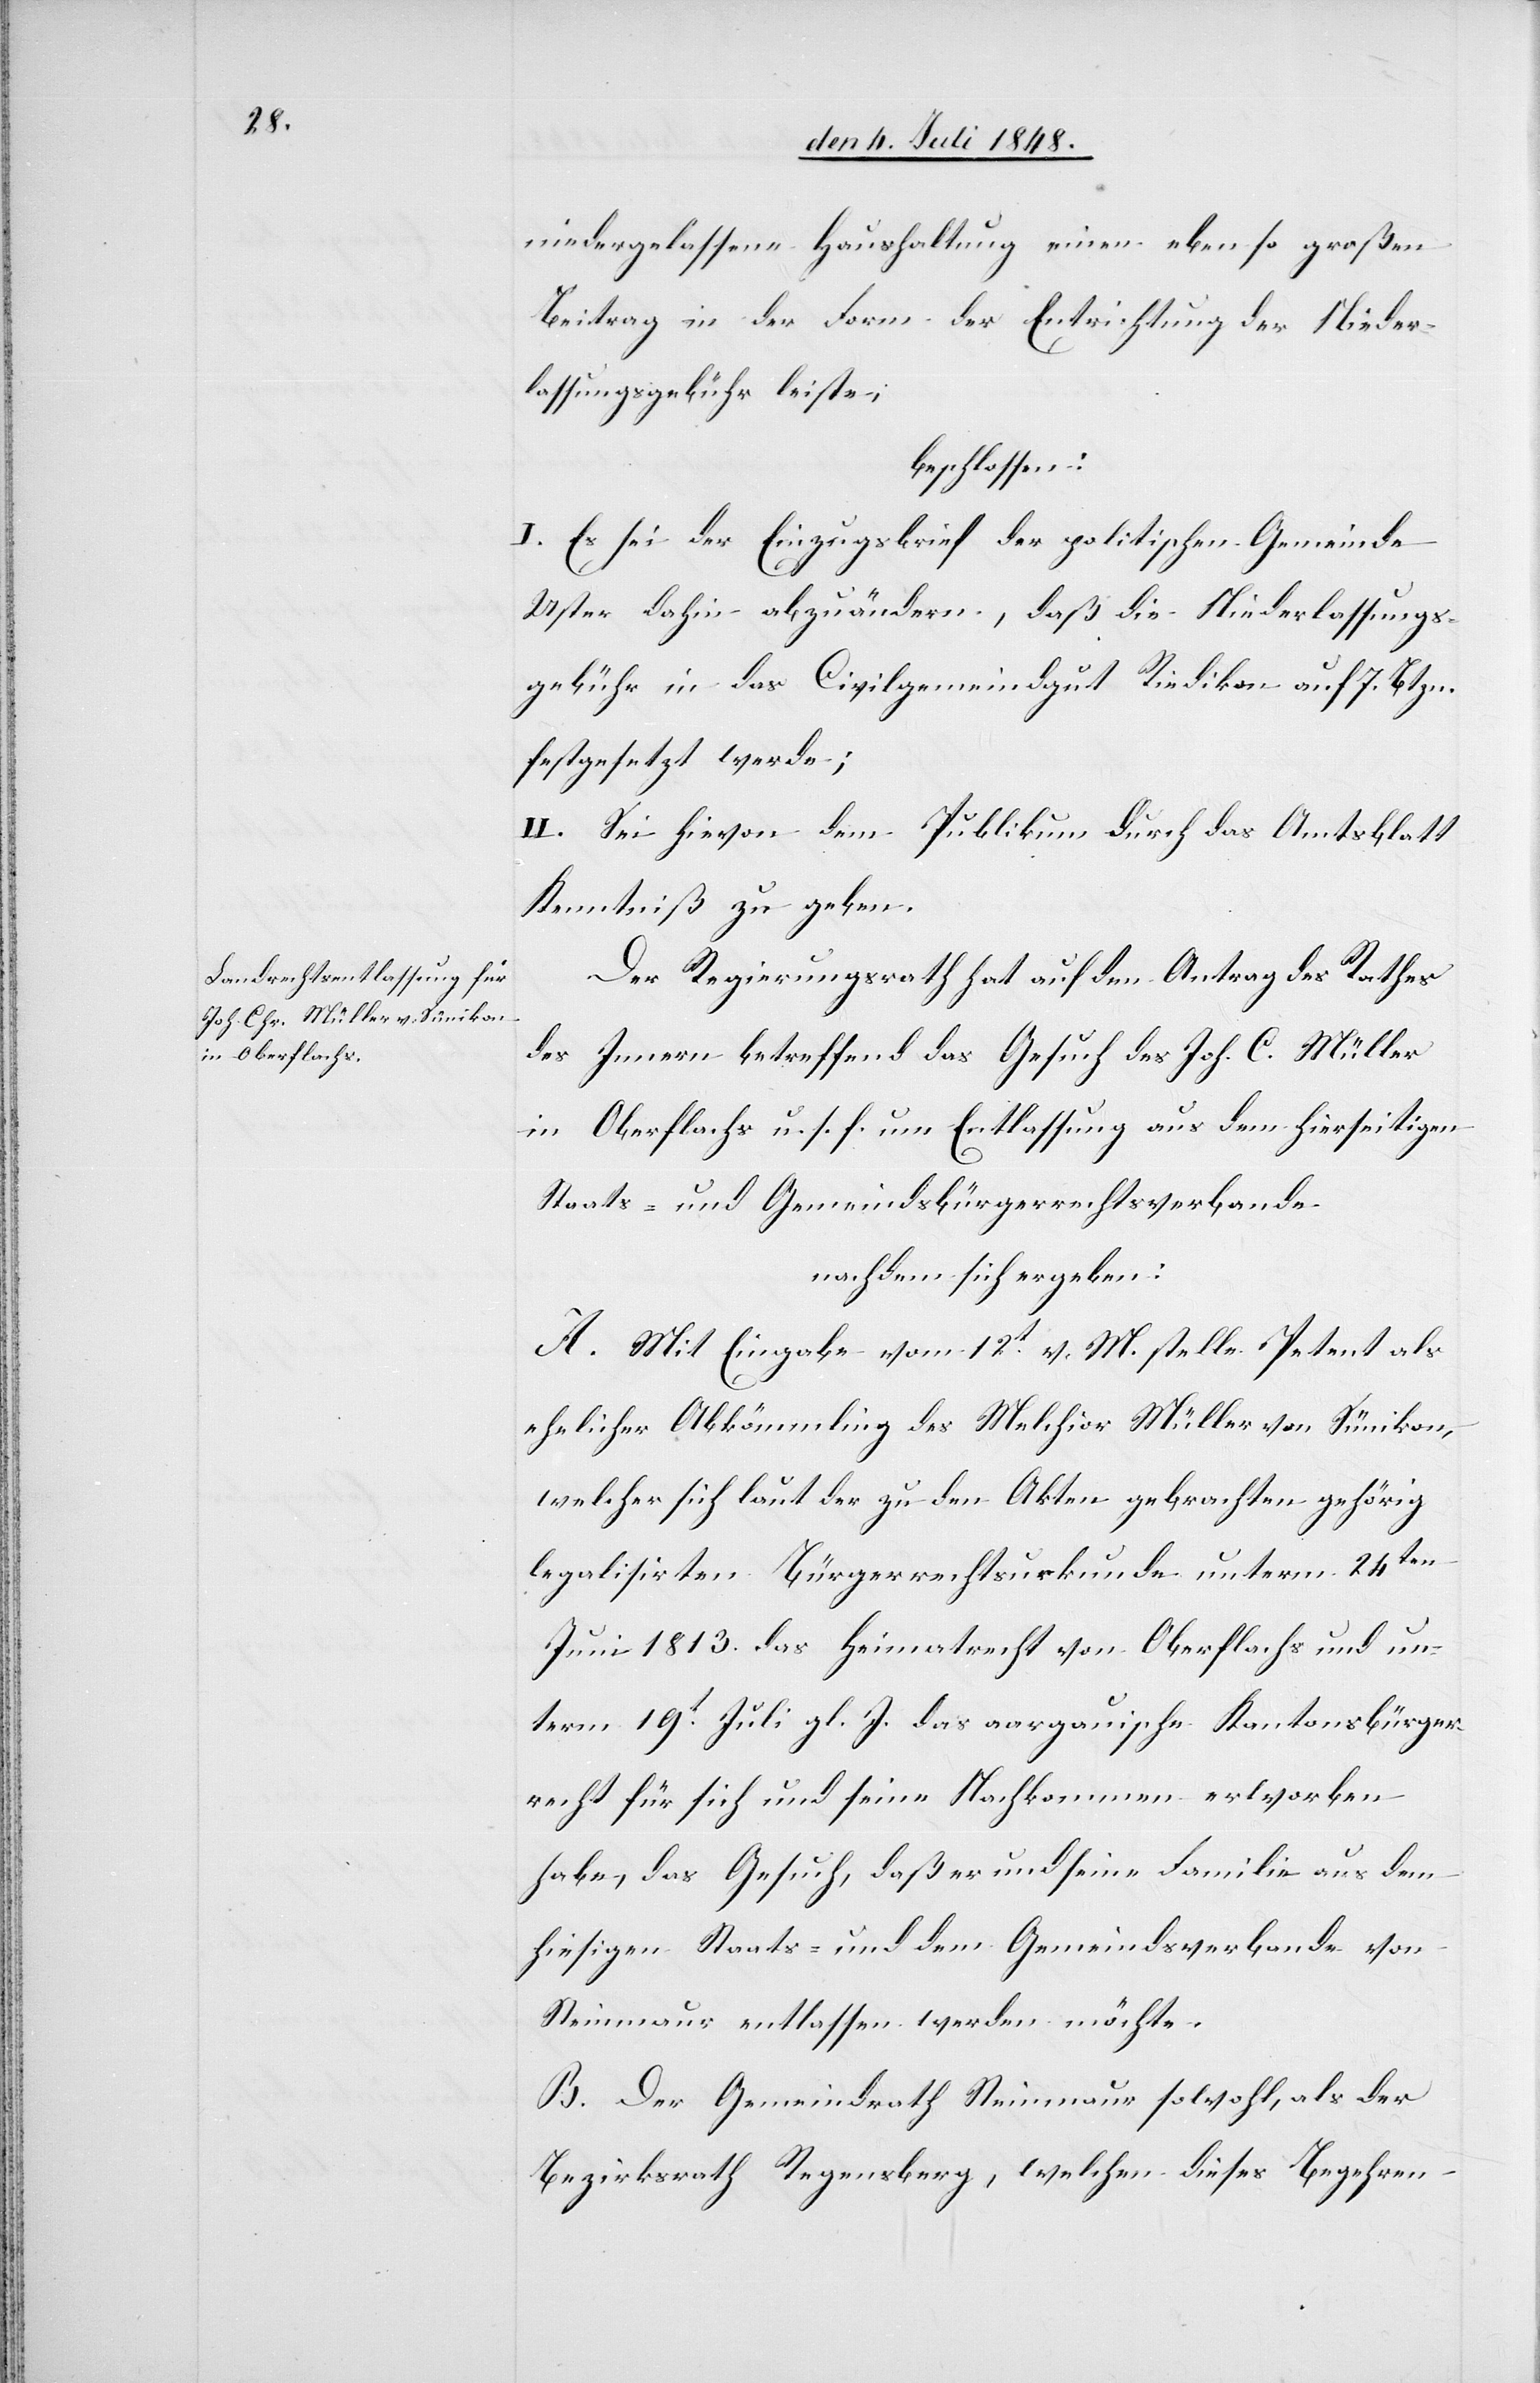
niedergelassene Haushaltung einen eben so großen
Beitrag in der Form der Entrichtung der Nieder¬
lassungsgebühr leiste;
beschlossen:
I. Es sei der Einzugsbrief der politischen Gemeinde
Uster dahin abzuändern, daß die Niederlassungs¬
gebühr in das Civilgemeindgut Riedikon auf 7. Btzn.
festgesetzt werde;
II. Sei hievon dem Publikum durch das Amtsblatt
Kenntniß zugeben.
Der Regierungsrath hat auf den Antrag des Rathes
des Innern betreffend das Gesuch des Joh. C. Müller
in Oberflachs u. s. f. um Entlassung aus dem hierseitigen
Staats- und Gemeindsbürgerrechtsverbande
nachdem sich ergeben:
A. Mit Eingabe vom 12t v. M. stelle Petent als
ehelicher Abkömmling des Melchior Müller von Sünikon,
welcher sich laut der zu den Akten gebrachten gehörig
legalisirten Bürgerrechtsurkunde unterm 24ten
Juni 1813. das Heimatrecht von Oberflachs und un¬
term 19t Juli gl. J. das aargauische Kantonsbürger¬
recht für sich und seine Nachkommen erworben
habe, das Gesuch, daß er und seine Familie aus dem
hiesigen Staats- und dem Gemeindsverbande von
Steinmaur entlassen werden möchte.
B. Der Gemeindrath Steinmaur sowohl, als der
Bezirksrath Regensberg, welchen dieses Begehren